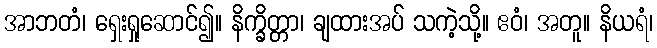
အာဘတံ၊ ရှေးရှုဆောင်၍။ နိက္ခိတ္တာ၊ ချထားအပ် သကဲ့သို့။ ဧဝံ၊ အတူ။ နိယရံ၊